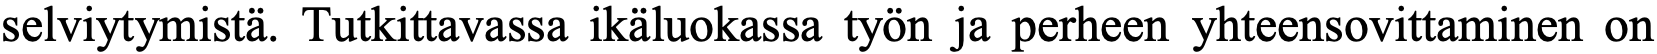
selviytymistä. Tutkittavassa ikäluokassa työn ja perheen yhteensovittaminen on